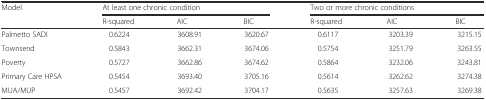
<table><thead><tr><td><b>Model</b></td><td colspan="3"><b>At least one chronic condition</b></td><td colspan="3"><b>Two or more chronic conditions</b></td></tr><tr><td></td><td><b>R-squared</b></td><td><b>AIC</b></td><td><b>BIC</b></td><td><b>R-squared</b></td><td><b>AIC</b></td><td><b>BIC</b></td></tr></thead><tbody><tr><td>Palmetto SADI</td><td>0.6224</td><td>3608.91</td><td>3620.67</td><td>0.6117</td><td>3203.39</td><td>3215.15</td></tr><tr><td>Townsend</td><td>0.5843</td><td>3662.31</td><td>3674.06</td><td>0.5754</td><td>3251.79</td><td>3263.55</td></tr><tr><td>Poverty</td><td>0.5727</td><td>3662.86</td><td>3674.62</td><td>0.5864</td><td>3232.06</td><td>3243.81</td></tr><tr><td>Primary Care HPSA</td><td>0.5454</td><td>3693.40</td><td>3705.16</td><td>0.5614</td><td>3262.62</td><td>3274.38</td></tr><tr><td>MUA/MUP</td><td>0.5457</td><td>3692.42</td><td>3704.17</td><td>0.5635</td><td>3257.63</td><td>3269.38</td></tr></tbody></table>